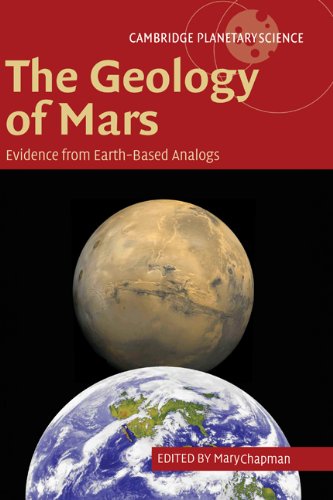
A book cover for The Geology of Mars: Evidence from Earth-Based Analogs (Cambridge Planetary Science); Science & Math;